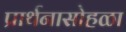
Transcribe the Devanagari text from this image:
प्रार्थनासोहळा